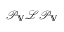
\mathcal { P } _ { \mathbb { V } } \mathcal { L } \mathcal { P } _ { \mathbb { V } }